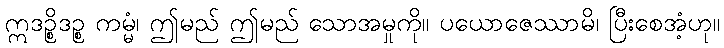
ဣဒဉ္စိဒဉ္စ ကမ္မံ၊ ဤမည် ဤမည် သောအမှုကို။ ပယောဇေဿာမိ၊ ပြီးစေအံ့ဟု။